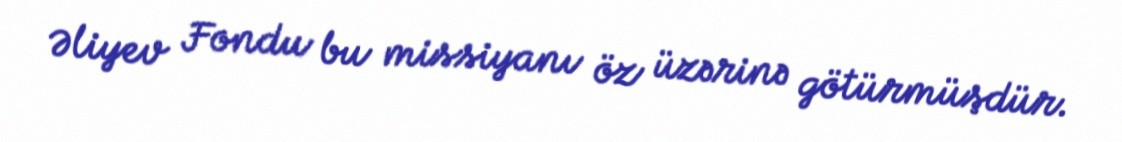
Əliyev Fondu bu missiyanı öz üzərinə götürmüşdür.